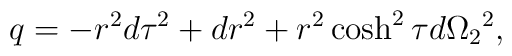
q=-r^2d\tau^2+dr^2+r^2\cosh^2\tau d\Omega_2{}^2,